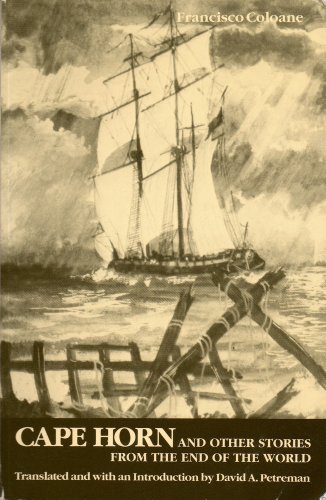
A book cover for Cape Horn and Other Stories from the End of the World (Discoveries); Francisco Coloane; Literature & Fiction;